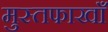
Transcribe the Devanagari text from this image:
मुस्तफाखाँ